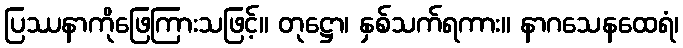
ပြဿနာကိုဖြေကြားသဖြင့်။ တုဋ္ဌော၊ နှစ်သက်ရကား။ နာဂသေနထေရံ၊